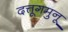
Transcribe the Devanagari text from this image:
दत्तूगमुनू